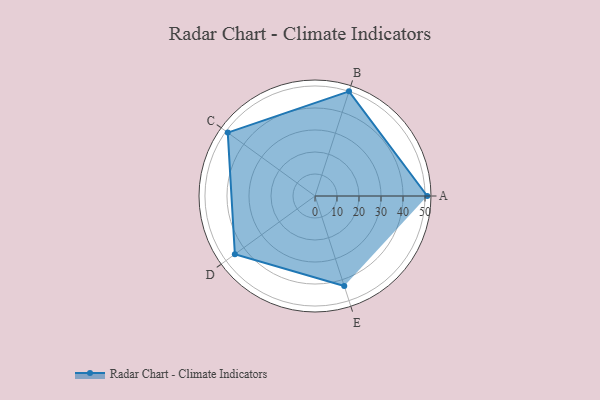
{"axis": {"x": "Skill", "y": "Score"}, "legend": ["Profile"], "data": [{"x": "A", "y": 51.0, "type": "Profile"}, {"x": "B", "y": 50.0, "type": "Profile"}, {"x": "C", "y": 49.0, "type": "Profile"}, {"x": "D", "y": 45.0, "type": "Profile"}, {"x": "E", "y": 43.0, "type": "Profile"}]}